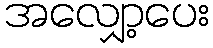
အလျှော့ပေး